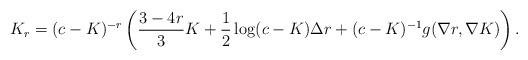
LaTeX: \begin{align*}K_r=(c-K)^{-r}\left(\frac{3-4r}{3}K+\frac{1}{2}\log(c-K)\Delta r+(c-K)^{-1}g(\nabla r,\nabla K)\right).\end{align*}